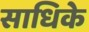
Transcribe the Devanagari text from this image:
साधिके